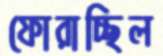
ফোরাচ্ছিল